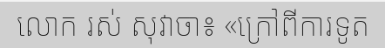
លោក រស់ សុវាចា៖ «ក្រៅពីការទូត